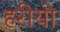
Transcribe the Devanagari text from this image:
हरीयो